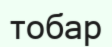
тобар